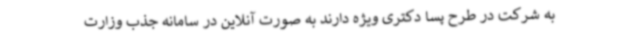
به شرکت در طرح پسا دکتری ویژه دارند به صورت آنلاین در سامانه جذب وزارت